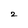
Character: 2